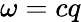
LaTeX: \omega=cq